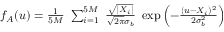
\begin{array} { r } { f _ { A } ( u ) = \frac { 1 } { 5 M } ~ \sum _ { i = 1 } ^ { 5 M } ~ \frac { \sqrt { | X _ { i } | } } { \sqrt { 2 \pi } \sigma _ { b } } ~ \exp { \left( - \frac { ( u - X _ { i } ) ^ { 2 } } { 2 \sigma _ { b } ^ { 2 } } \right) } } \end{array}